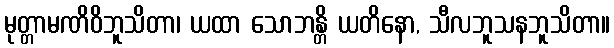
မုတ္တာမဏိဝိဘူသိတာ၊ ယထာ သောဘန္တိ ယတိနော, သီလဘူသနဘူသိတာ။